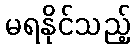
မရနိုင်သည့်